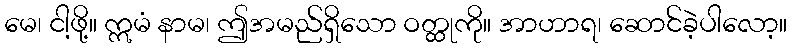
မေ၊ ငါ့ဖို့။ ဣမံ နာမ၊ ဤအမည်ရှိသော ဝတ္ထုကို။ အာဟာရ၊ ဆောင်ခဲ့ပါလော့။